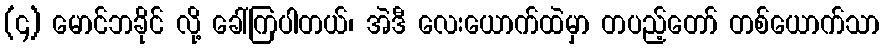
(၄) မောင်ဘခိုင် လို့ ခေါ်ကြပါတယ်၊ အဲဒီ လေးယောက်ထဲမှာ တပည့်တော် တစ်ယောက်သာ